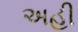
અહી